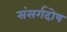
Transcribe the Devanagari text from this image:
संसर्गदोष